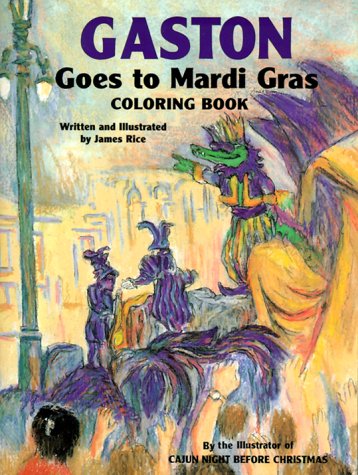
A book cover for GastonÂ® Goes to Mardi Gras Coloring Book (GastonÂ® Series); Children's Books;